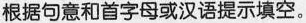
根据句意和首字母或汉语提示填空。